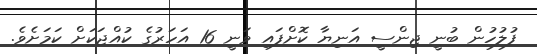
ފުލުހުން ބުނީ ޖިންސީ އަނިޔާ ކޮށްފައި ވަނީ 16 އަހަރުގެ ކުއްޖަކަށް ކަމަށެވެ.